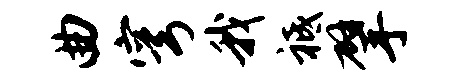
曲穹我祗擘